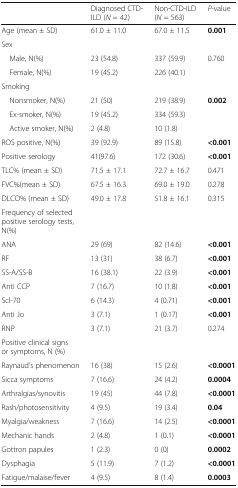
<table><thead><tr><td></td><td><b>Diagnosed CTD-ILD (<i>N</i> = 42)</b></td><td><b>Non-CTD-ILD (<i>N</i> = 563)</b></td><td><b><i>P</i>-value</b></td></tr></thead><tbody><tr><td>Age (mean ± SD)</td><td>61.0 ± 11.0</td><td>67.0 ± 11.5</td><td><b>0.001</b></td></tr><tr><td colspan="4">Sex</td></tr><tr><td> Male, N(%)</td><td>23 (54.8)</td><td>337 (59.9)</td><td>0.760</td></tr><tr><td> Female, N(%)</td><td>19 (45.2)</td><td>226 (40.1)</td><td></td></tr><tr><td colspan="4">Smoking</td></tr><tr><td> Nonsmoker, N(%)</td><td>21 (50)</td><td>219 (38.9)</td><td rowspan="3"><b>0.002</b></td></tr><tr><td> Ex-smoker, N(%)</td><td>19 (45.2)</td><td>334 (59.3)</td></tr><tr><td> Active smoker, N(%)</td><td>2 (4.8)</td><td>10 (1.8)</td></tr><tr><td>ROS positive, N(%)</td><td>39 (92.9)</td><td>89 (15.8)</td><td><b>&lt;0.001</b></td></tr><tr><td>Positive serology</td><td>41(97.6)</td><td>172 (30.6)</td><td><b>&lt;0.001</b></td></tr><tr><td>TLC% (mean ± SD)</td><td>71.5 ± 17.1</td><td>72.7 ± 16.7</td><td>0.471</td></tr><tr><td>FVC%(mean ± SD)</td><td>67.5 ± 16.3</td><td>69.0 ± 19.0</td><td>0.278</td></tr><tr><td>DLCO% (mean ± SD)</td><td>49.0 ± 17.8</td><td>51.8 ± 16.1</td><td>0.315</td></tr><tr><td>Frequency of selected positive serology tests, N(%)</td><td></td><td></td><td></td></tr><tr><td>ANA</td><td>29 (69)</td><td>82 (14.6)</td><td><b>&lt;0.001</b></td></tr><tr><td>RF</td><td>13 (31)</td><td>38 (6.7)</td><td><b>&lt;0.001</b></td></tr><tr><td>SS-A/SS-B</td><td>16 (38.1)</td><td>22 (3.9)</td><td><b>&lt;0.001</b></td></tr><tr><td>Anti CCP</td><td>7 (16.7)</td><td>10 (1.8)</td><td><b>&lt;0.001</b></td></tr><tr><td>Scl-70</td><td>6 (14.3)</td><td>4 (0.71)</td><td><b>&lt;0.001</b></td></tr><tr><td>Anti Jo</td><td>3 (7.1)</td><td>1 (0.17)</td><td><b>&lt;0.001</b></td></tr><tr><td>RNP</td><td>3 (7.1)</td><td>21 (3.7)</td><td>0.274</td></tr><tr><td>Positive clinical signs or symptoms, N (%)</td><td></td><td></td><td></td></tr><tr><td>Raynaud’s phenomenon</td><td>16 (38)</td><td>15 (2.6)</td><td><b>&lt;0.0001</b></td></tr><tr><td>Sicca symptoms</td><td>7 (16.6)</td><td>24 (4.2)</td><td><b>0.0004</b></td></tr><tr><td>Arthralgias/synovitis</td><td>19 (45)</td><td>44 (7.8)</td><td><b>&lt;0.0001</b></td></tr><tr><td>Rash/photosensitivity</td><td>4 (9.5)</td><td>19 (3.4)</td><td><b>0.04</b></td></tr><tr><td>Myalgia/weakness</td><td>7 (16.6)</td><td>14 (2.5)</td><td><b>&lt;0.0001</b></td></tr><tr><td>Mechanic hands</td><td>2 (4.8)</td><td>1 (0.1)</td><td><b>&lt;0.0001</b></td></tr><tr><td>Gottron papules</td><td>1 (2.3)</td><td>0 (0)</td><td><b>0.0002</b></td></tr><tr><td>Dysphagia</td><td>5 (11.9)</td><td>7 (1.2)</td><td><b>&lt;0.0001</b></td></tr><tr><td>Fatigue/malaise/fever</td><td>4 (9.5)</td><td>8 (1.4)</td><td><b>0.0003</b></td></tr></tbody></table>